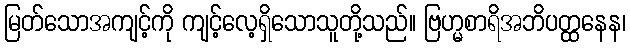
မြတ်သောအကျင့်ကို ကျင့်လေ့ရှိသောသူတို့သည်။ ဗြဟ္မစာရိအဘိပတ္ထနေန၊